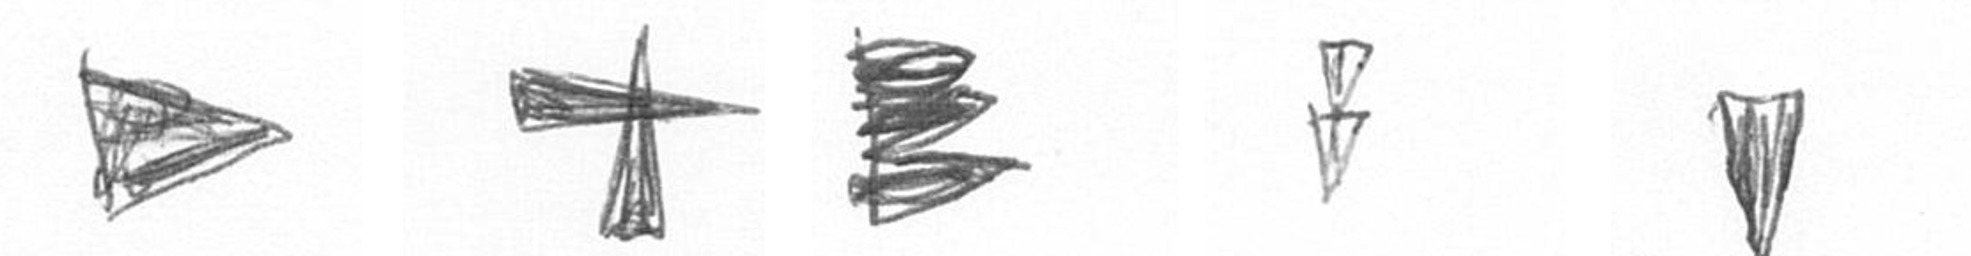
T G H Z J